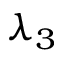
\lambda _ { 3 }